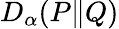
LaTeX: D_{\alpha}(P\| Q)